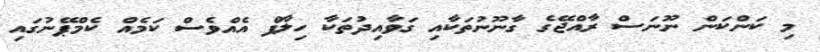
މި ކަންކަން ނޫނަސް ރާއްޖޭގެ ގާނޫނުތަކާއި ގަވާއިދުތަކާ ހިލާފް އެއްވެސް ކަމެއް ކެމްޕޭނުގައި